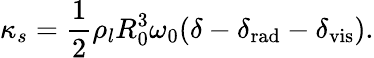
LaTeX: \kappa_{s}=\frac{1}{2}\rho_{l}R_{0}^{3}\omega_{0}(\delta-\delta_{\mathrm{rad}}-\delta_{\mathrm{vis}}).